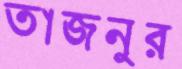
তাজনুর